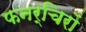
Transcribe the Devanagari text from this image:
फनर्चिरों